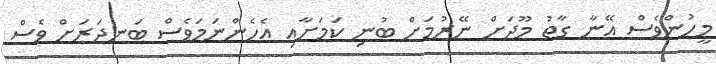
މީހުންވެސް އޭނާ ގާތު މޫދަށް ނޭރުމަށް ބުނި ކަމަށާއި އެހެންނަމަވެސް ބަނދަރަށް ވެސް